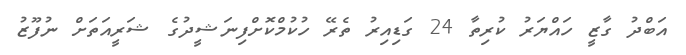
އަބްދު ގާޒީ ހައްޔަރު ކުރިތާ 24 ގަޑިއިރު ތެރޭ ހުކުމްކޮށްފިނަޝީދުގެ ޝަރީއަތަށް ނުފޫޒު